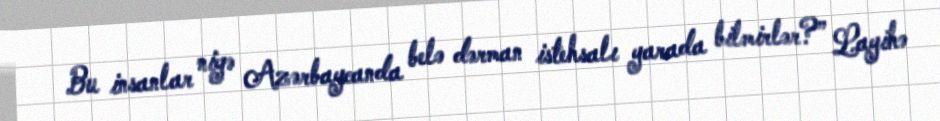
Bu insanlar niyə Azərbaycanda belə dərman istehsalı yarada bilmirlər?” Layihə